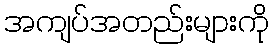
အကျပ်အတည်းများကို